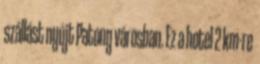
szállást nyújt Patong városban. Ez a hotel 2 km-re